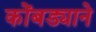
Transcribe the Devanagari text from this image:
कोंबड्याने